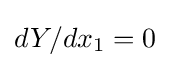
dY/dx_{1}=0